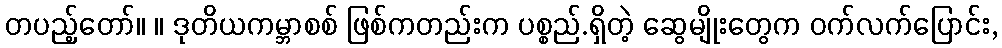
တပည့်တော်။ ။ ဒုတိယကမ္ဘာစစ် ဖြစ်ကတည်းက ပစ္စည်.ရှိတဲ့ ဆွေမျိုးတွေက ဝက်လက်ပြောင်း,